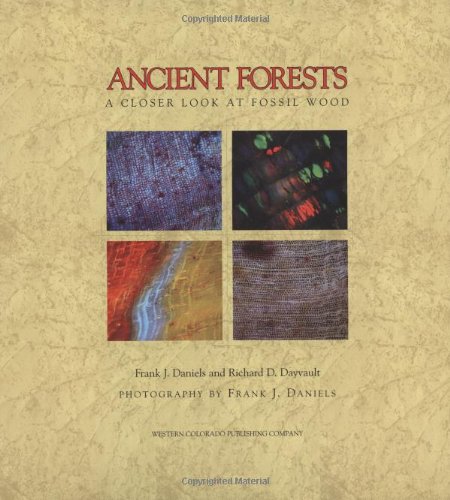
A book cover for Ancient Forests: A Closer Look at Fossil Wood; Frank J. Daniels; Science & Math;